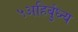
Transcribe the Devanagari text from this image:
५अहिर्बुध्न्य